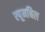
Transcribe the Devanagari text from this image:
स्पूनबिल